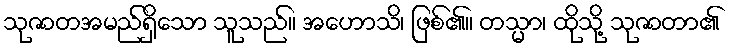
သုဇာတအမည်ရှိသော သူသည်။ အဟောသိ၊ ဖြစ်၏။ တသ္မာ၊ ထိုသို့ သုဇာတာ၏